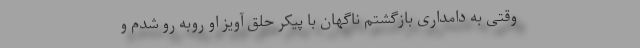
وقتی به دامداری بازگشتم ناگهان با پیکر حلق آویز او روبه رو شدم و